Lunatic asylums Central Provinces reports 1874-1885 - 1874-1885
Year: 1874
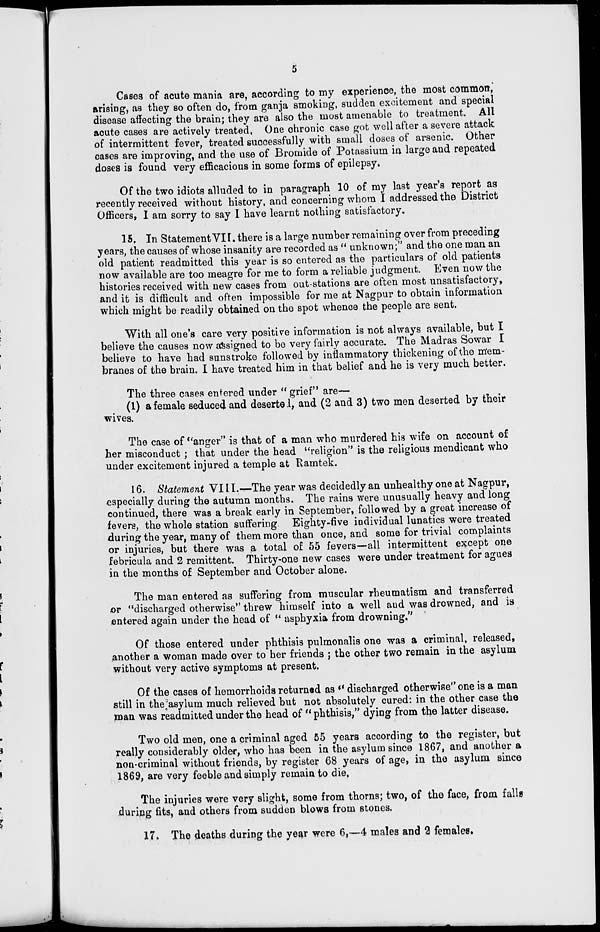
5
Cases of acute mania are, according to my experience, the most common,
arising, as they so often do, from ganja smoking, sudden excitement and special
disease affecting the brain; they are also the most amenable to treatment. All
acute cases are actively treated, One chronic case got well after a severe attack
of intermittent fever, treated successfully with small doses of arsenic. Other
cases are improving, and the use of Bromide of Potassium in large and repeated
doses is found very efficacious in some forms of epilepsy.
Of the two idiots alluded to in paragraph 10 of my last year's report as
recently received without history, and concerning whom I addressed the District
Officers, I am sorry to say I have learnt nothing satisfactory.
15. In Statement VII. there is a large number remaining over from preceding
years, the causes of whose insanity are recorded as " unknown;" and the one man an
old patient readmitted this year is so entered as the particulars of old patients
now available are too meagre for me to form a reliable judgment. Even now the
histories received with new cases from out-stations are often most unsatisfactory,
and it is difficult and often impossible for me at Nagpur to obtain information
which might be readily obtained on the spot whence the people are sent.
With all one's care very positive information is not always available, but I
believe the causes now assigned to be very fairly accurate. The Madras Sowar I
believe to have had sunstroke followed by inflammatory thickening of the mem-
branes of the brain. I have treated him in that belief and he is very much better.
The three cases entered under " grief" are—
(1) a female seduced and deserte 1, and (2 and 3) two men deserted by their
wives.
The case of "anger" is that of a man who murdered his wife on account of
her misconduct ; that under the head "religion" is the religious mendicant who
under excitement injured a temple at Ramtek.
16. Statement VIII.—The year was decidedly an unhealthy one at Nagpur,
especially during the autumn months. The rains were unusually heavy and long
continued, there was a break early in September, followed by a great increase of
fevers, the whole station suffering Eighty-five individual lunatics were treated
during the year, many of them more than once, and some for trivial complaints
or injuries, but there was a total of 55 fevers—all intermittent except one
febricula and 2 remittent. Thirty-one new cases were under treatment for agues
in the months of September and October alone.
The man entered as suffering from muscular rheumatism and transferred
or "discharged otherwise" threw himself into a well and was drowned, and is
entered again under the head of " asphyxia from drowning.''
Of those entered under phthisis pulmonalis one was a criminal, released,
another a woman made over to her friends ; the other two remain in the asylum
without very active symptoms at present.
Of the cases of hemorrhoids returned as " discharged otherwise" one is a man
still in the asylum much relieved but not absolutely cured: in the other case the
man was readmitted under the head of " phthisis." dying from the latter disease.
Two old men, one a criminal aged 55 years according to the register, but
really considerably older, who has been in the asylum since 1867, and another a
non-criminal without friends, by register 68 years of age, in the asylum since
1869, are very feeble and simply remain to die.
The injuries were very slight, some from thorns; two, of the face, from falls
during fits, and others from sudden blows from stones.
17. The deaths during the year were 6,—4 males and 2 females.